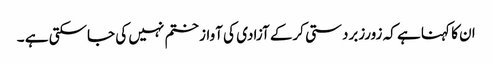
ان کا کہنا ہے کہ زورزبردستی کرکے آزادی کی آواز ختم نہیں کی جاسکتی ہے ۔